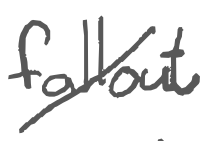
Text: fallout
Cross-out: diagonal
Writing tool: digital_gray